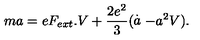
m a = e F _ { e x t } . V + \frac { 2 e ^ { 2 } } { 3 } ( \stackrel { . } { a } - a ^ { 2 } V ) .